Malaria in the Duars
Disease focus: Malaria
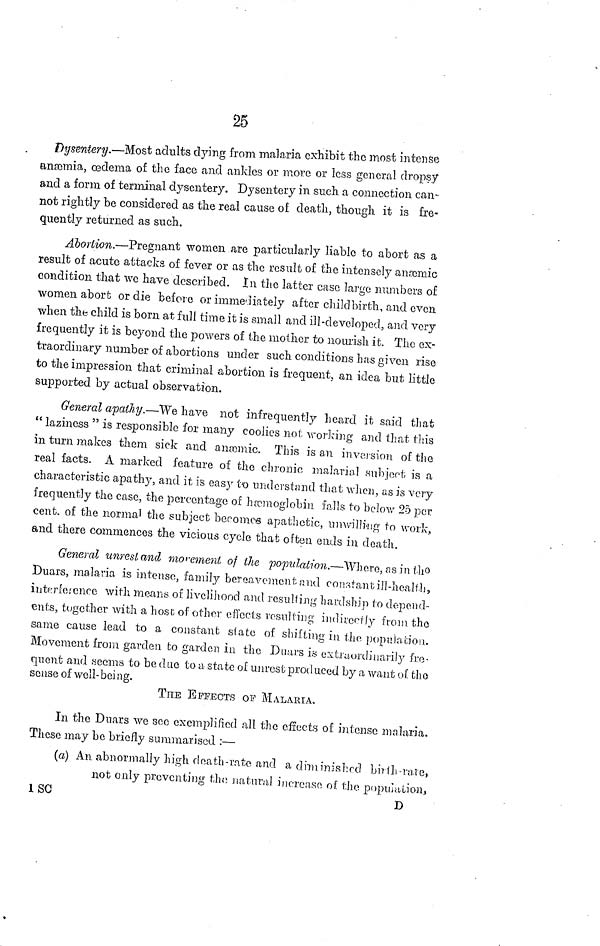
25
Dysentery.—Most adults dying from malaria exhibit the most intense
anæmia, oedema of the face and ankles or more or less general dropsy
and a form of terminal dysentery. Dysentery in such a connection can-
not rightly be considered as the real cause of death, though it is fre-
quently returned as such.
Abortion.—Pregnant women are particularly liable to abort as a
result of acute attacks of fever or as the result of the intensely anæmic
condition that we have described. In the latter case large numbers of
women abort or die before or immediately after childbirth, and even
when the child is born at full time it is small and ill-developed, and very
frequently it is beyond the powers of the mother to nourish it. The ex-
traordinary number of abortions under such conditions has given rise
to the impression that criminal abortion is frequent, an idea but little
supported by actual observation.
General apathy.—We have not infrequently heard it said that
" laziness " is responsible for many coolies not working and that this
in turn makes them sick and anæmic. This is an inversion of the
real facts. A marked feature of the chronic malarial subject is a
characteristic apathy, and it is easy to understand that when, as is very
frequently the case, the percentage of hemoglobin falls to below 25 per
cent, of the normal the subject becomes apathetic, unwilling to work,
and there commences the vicious cycle that often ends in death.
General unrest and movement of the population.—Where, as in the
Duars, malaria is intense, family bereavement and constant ill-health,
interference with means of livelihood and resulting hardship to depend-
ents, together with a host of other effects resulting indirecly from the
same cause lead to a constant state of shifting in the population.
Movement from garden to garden in the Duars is extraordinarily fre-
quent and seems to be due to a state of unrest produced by a want of the
sense of well-being.
THE EFFECTS OF MALARIA.
In the Duars we see exemplified all the effects of intense malaria.
These may be briefly summarised :—
(a) An abnormally high death-rate and a diminished birth-rate,
not only preventing the; natural increase of the population,
ISC
D